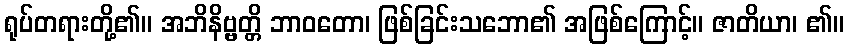
ရုပ်တရားတို့၏။ အဘိနိဗ္ဗတ္တိ ဘာဝတော၊ ဖြစ်ခြင်းသဘော၏ အဖြစ်ကြောင့်။ ဇာတိယာ၊ ၏။